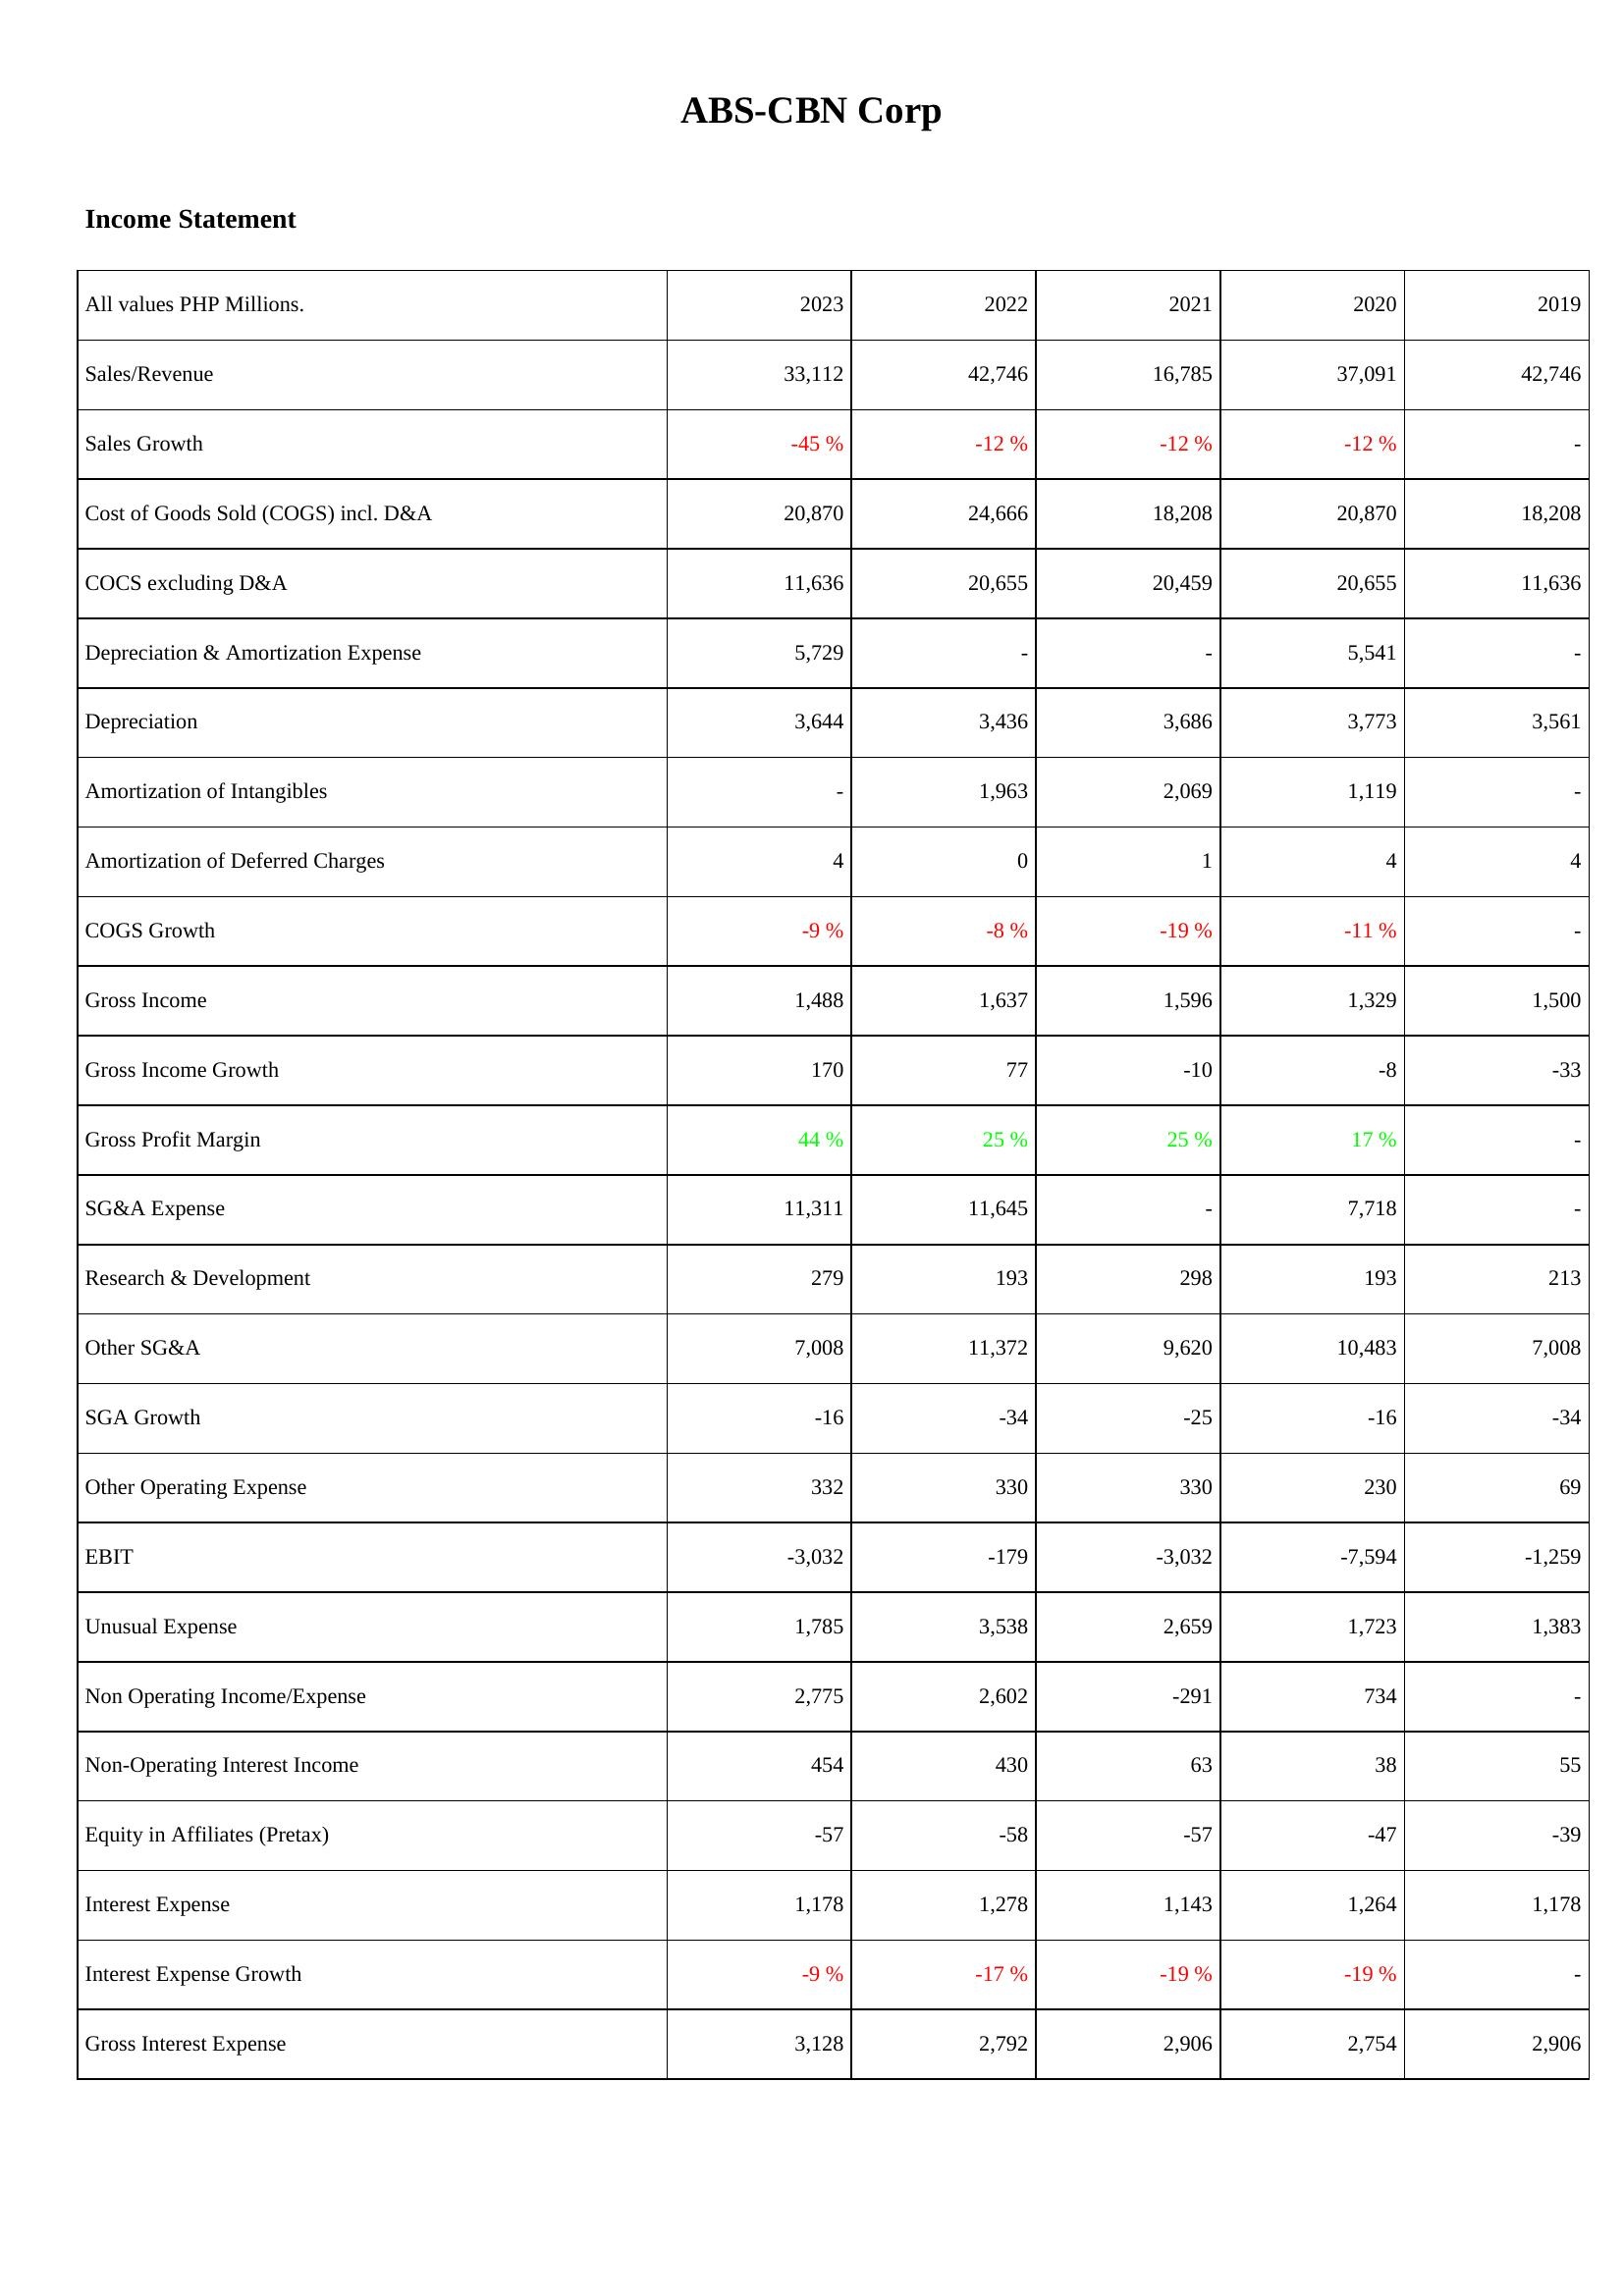
2023: Income Statement: Sales/Revenue: 33,112
Sales Growth: -45 %
Cost of Goods Sold (COGS) incl. D&A: 20,870
COCS excluding D&A: 11,636
Depreciation & Amortization Expense: 5,729
Depreciation: 3,644
Amortization of Intangibles: -
Amortization of Deferred Charges: 4
COGS Growth: -9 %
Gross Income: 1,488
Gross Income Growth: 170
Gross Profit Margin: 44 %
SG&A Expense: 11,311
Research & Development: 279
Other SG&A: 7,008
SGA Growth: -16
Other Operating Expense: 332
EBIT: -3,032
Unusual Expense: 1,785
Non Operating Income/Expense: 2,775
Non-Operating Interest Income: 454
Equity in Affiliates (Pretax): -57
Interest Expense: 1,178
Interest Expense Growth: -9 %
Gross Interest Expense: 3,128
2022: Income Statement: Sales/Revenue: 42,746
Sales Growth: -12 %
Cost of Goods Sold (COGS) incl. D&A: 24,666
COCS excluding D&A: 20,655
Depreciation & Amortization Expense: -
Depreciation: 3,436
Amortization of Intangibles: 1,963
Amortization of Deferred Charges: 0
COGS Growth: -8 %
Gross Income: 1,637
Gross Income Growth: 77
Gross Profit Margin: 25 %
SG&A Expense: 11,645
Research & Development: 193
Other SG&A: 11,372
SGA Growth: -34
Other Operating Expense: 330
EBIT: -179
Unusual Expense: 3,538
Non Operating Income/Expense: 2,602
Non-Operating Interest Income: 430
Equity in Affiliates (Pretax): -58
Interest Expense: 1,278
Interest Expense Growth: -17 %
Gross Interest Expense: 2,792
2021: Income Statement: Sales/Revenue: 16,785
Sales Growth: -12 %
Cost of Goods Sold (COGS) incl. D&A: 18,208
COCS excluding D&A: 20,459
Depreciation & Amortization Expense: -
Depreciation: 3,686
Amortization of Intangibles: 2,069
Amortization of Deferred Charges: 1
COGS Growth: -19 %
Gross Income: 1,596
Gross Income Growth: -10
Gross Profit Margin: 25 %
SG&A Expense: -
Research & Development: 298
Other SG&A: 9,620
SGA Growth: -25
Other Operating Expense: 330
EBIT: -3,032
Unusual Expense: 2,659
Non Operating Income/Expense: -291
Non-Operating Interest Income: 63
Equity in Affiliates (Pretax): -57
Interest Expense: 1,143
Interest Expense Growth: -19 %
Gross Interest Expense: 2,906
2020: Income Statement: Sales/Revenue: 37,091
Sales Growth: -12 %
Cost of Goods Sold (COGS) incl. D&A: 20,870
COCS excluding D&A: 20,655
Depreciation & Amortization Expense: 5,541
Depreciation: 3,773
Amortization of Intangibles: 1,119
Amortization of Deferred Charges: 4
COGS Growth: -11 %
Gross Income: 1,329
Gross Income Growth: -8
Gross Profit Margin: 17 %
SG&A Expense: 7,718
Research & Development: 193
Other SG&A: 10,483
SGA Growth: -16
Other Operating Expense: 230
EBIT: -7,594
Unusual Expense: 1,723
Non Operating Income/Expense: 734
Non-Operating Interest Income: 38
Equity in Affiliates (Pretax): -47
Interest Expense: 1,264
Interest Expense Growth: -19 %
Gross Interest Expense: 2,754
2019: Income Statement: Sales/Revenue: 42,746
Sales Growth: -
Cost of Goods Sold (COGS) incl. D&A: 18,208
COCS excluding D&A: 11,636
Depreciation & Amortization Expense: -
Depreciation: 3,561
Amortization of Intangibles: -
Amortization of Deferred Charges: 4
COGS Growth: -
Gross Income: 1,500
Gross Income Growth: -33
Gross Profit Margin: -
SG&A Expense: -
Research & Development: 213
Other SG&A: 7,008
SGA Growth: -34
Other Operating Expense: 69
EBIT: -1,259
Unusual Expense: 1,383
Non Operating Income/Expense: -
Non-Operating Interest Income: 55
Equity in Affiliates (Pretax): -39
Interest Expense: 1,178
Interest Expense Growth: -
Gross Interest Expense: 2,906